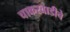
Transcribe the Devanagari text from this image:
चाकरवाडीचे